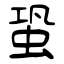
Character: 蛩